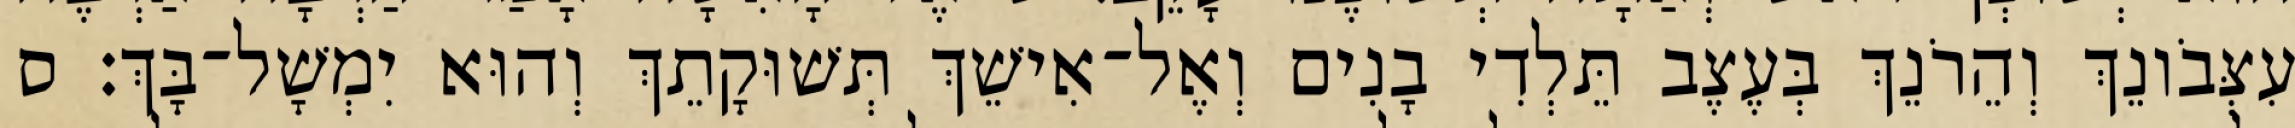
עִצְּבֹונֵךְ וְהֵרֹנֵךְ בְּעֶצֶב תֵּלְדִי בָנִים וְאֶל־אִישֵׁךְ תְּשׁוּקָתֵךְ וְהוּא יִמְשָׁל־בָּךְ׃ ס